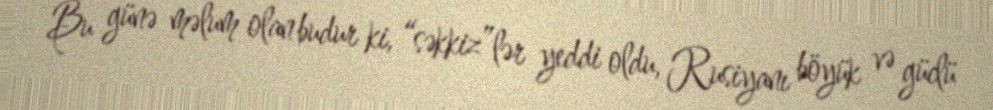
Bu günə məlum olan budur ki, “səkkiz”lər yeddi oldu, Rusiyanı böyük və güclü